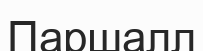
Паршалл